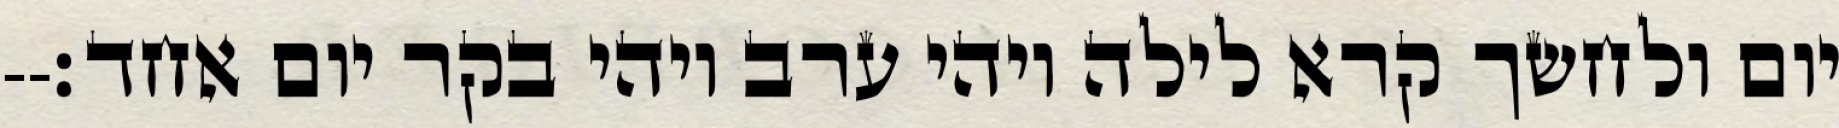
יום ולחשך קרא לילה ויהי ערב ויהי בקר יום אחד׃--